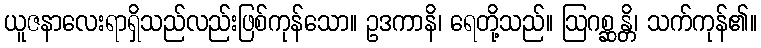
ယူဇနာလေးရာရှိသည်လည်းဖြစ်ကုန်သော။ ဥဒကာနိ၊ ရေတို့သည်။ ဩဂစ္ဆန္တိ၊ သက်ကုန်၏။